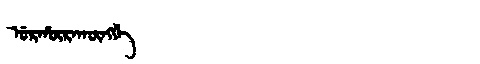
Manchu: ᡠᡵᡥᡡᡵᠠᡴᡡᠩᡤᡝ
Romanization: URHŪRAKŪNGGE